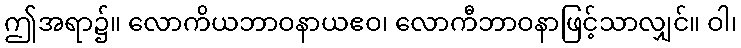
ဤအရာ၌။ လောကိယဘာဝနာယဧဝ၊ လောကီဘာဝနာဖြင့်သာလျှင်။ ဝါ၊